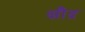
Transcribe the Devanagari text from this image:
क्षौद्र